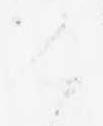
く